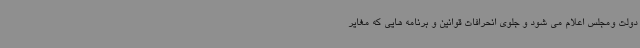
دولت ومجلس اعلام می شود و جلوی انحرافات قوانین و برنامه هایی که مغایر